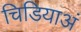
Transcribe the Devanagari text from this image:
चिडियाअं